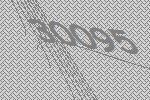
30095